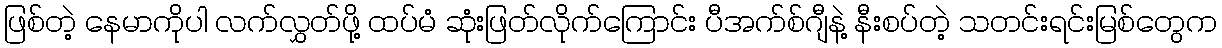
ဖြစ်တဲ့ နေမာကိုပါ လက်လွှတ်ဖို့ ထပ်မံ ဆုံးဖြတ်လိုက်ကြောင်း ပီအက်စ်ဂျီနဲ့ နီးစပ်တဲ့ သတင်းရင်းမြစ်တွေက